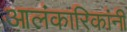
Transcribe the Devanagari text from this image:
आलंकारिकांनी